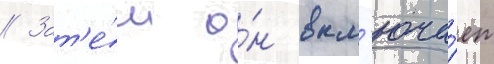
// Зат'е́м о́н вкл'юча́ет